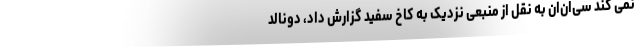
نمی کند سی‌ان‌ان به نقل از منبعی نزدیک به کاخ سفید گزارش داد، دونالد